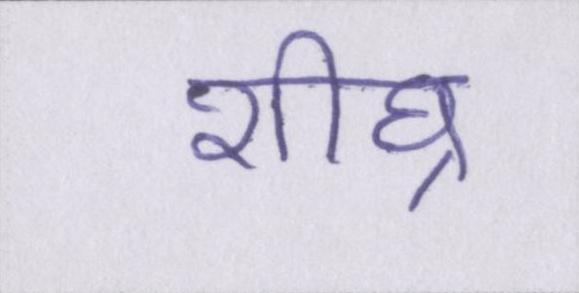
शीघ्र